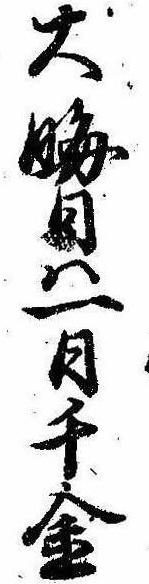
大晦日は一日千金